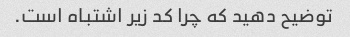
توضیح دهید که چرا کد زیر اشتباه است.